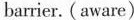
barrier. (aware)